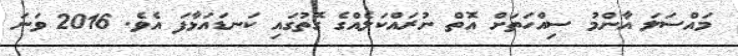
މައްސަލަ އާންމު ސިއްހަތަށް އޮތް ނުރައްކަލެއްގެ ގޮތުގައި ކަނޑައަޅާފަ އެވެ. 2016 ވަނަ